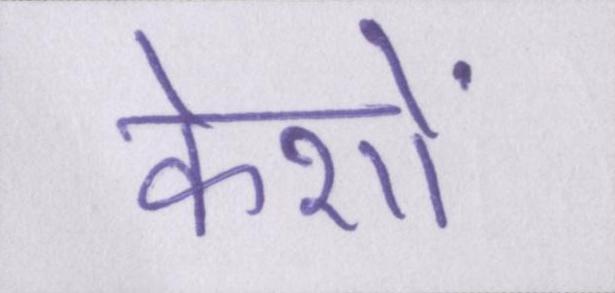
केशों